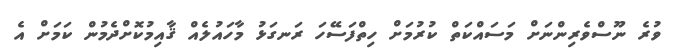
ވުރެ ނޫސްވެރިންނަށް މަސައްކަތް ކުރުމަށް ހިތްފަސޭހަ ރަނގަޅު މާހައުލެއް ޤާއިމުކޮށްދެމުން ކަމަށް އެ